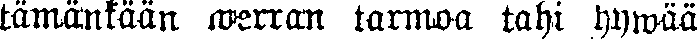
tämänkään werran tarmoa tahi hywää